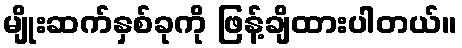
မျိုးဆက်နှစ်ခုကို ဖြန့်ချိထားပါတယ်။